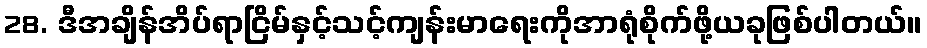
28. ဒီအချိန်အိပ်ရာငြိမ်နှင့်သင့်ကျန်းမာရေးကိုအာရုံစိုက်ဖို့ယခုဖြစ်ပါတယ်။